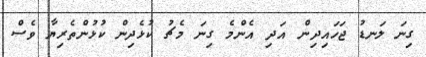
ގިނަ ލަނޑު ޖަހައިދިން އަދި އެންމެ ގިނަ މެޗު ކުޅެދިން ކުޅުންތެރިޔާ ވެސް